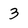
Character: 3